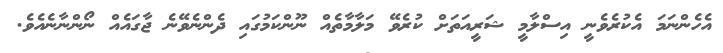
އެހެންނަމަ އެކުރެވެނީ އިސްލާމީ ޝަރީއަތަށް ކުރެވޭ މަލާމާތެއް ނޫންކަމުގައި ދެންނެވޭނެ ޖާގައެއް ނޯންނާނެއެވެ.